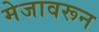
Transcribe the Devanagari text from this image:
मेजावरून